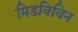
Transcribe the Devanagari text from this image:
मिडविविन